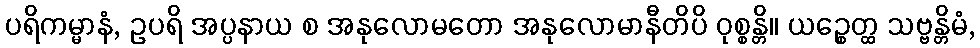
ပရိကမ္မာနံ, ဥပရိ အပ္ပနာယ စ အနုလောမတော အနုလောမာနီတိပိ ဝုစ္စန္တိ။ ယဉ္စေတ္ထ သဗ္ဗန္တိမံ,